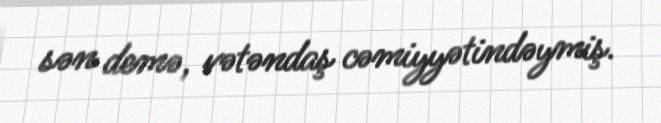
sən demə, vətəndaş cəmiyyətindəymiş.